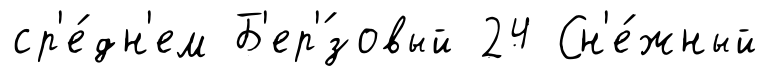
ср'е́дн'ем Б'ер'́зовый 24 Сн'е́жный